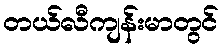
တယ်လီကျန်းမာတွင်